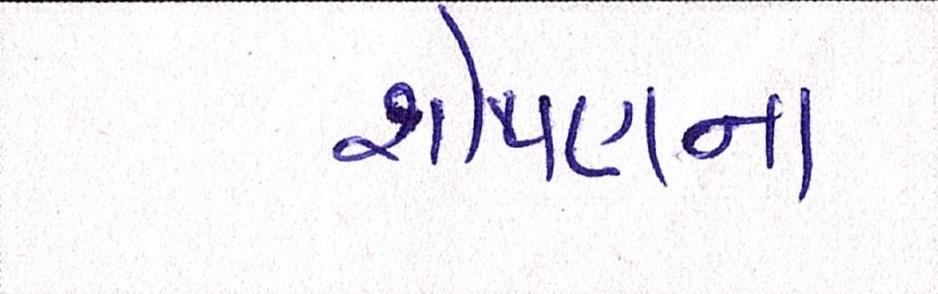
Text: શોષણના